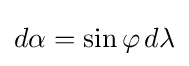
d\alpha =\sin \varphi \,d\lambda